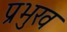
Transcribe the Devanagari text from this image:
प्रभुख